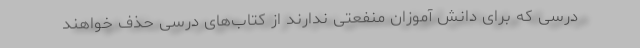
درسی که برای دانش آموزان منفعتی ندارند از کتاب‌های درسی حذف خواهند